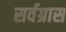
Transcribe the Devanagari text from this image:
सर्वग्रास